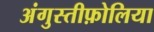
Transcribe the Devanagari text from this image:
अंगुस्तीफ़ोलिया